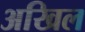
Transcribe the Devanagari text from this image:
अखिल